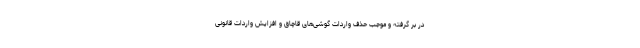
در بر گرفته و موجب حذف واردات گوشی‌های قاچاق و افزایش واردات قانونی